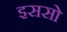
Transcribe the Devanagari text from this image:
इससो